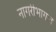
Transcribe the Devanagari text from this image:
नागरीभागात